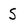
Character: S